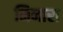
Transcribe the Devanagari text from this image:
मिनारा